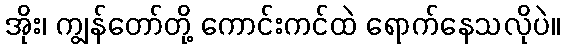
အိုး၊ ကျွန်တော်တို့ ကောင်းကင်ထဲ ရောက်နေသလိုပဲ။